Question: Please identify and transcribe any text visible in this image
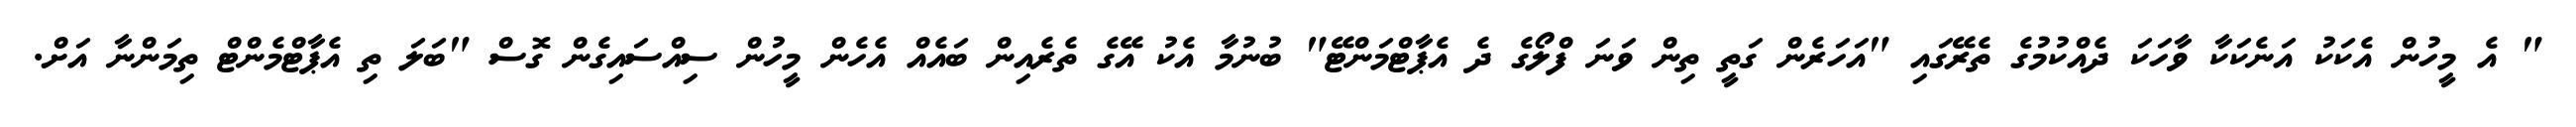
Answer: " އެ މީހުން އެކަކު އަނެކަކާ ވާހަކަ ދެއްކުމުގެ ތެރޭގައި "އަހަރެން ގަތީ ތިން ވަނަ ފްލޯގެ ދެ އެޕާޓްމަންޓޭ" ބުނުމާ އެކު އޭގެ ތެރެއިން ބައެއް އެހެން މީހުން ސިއްސައިގެން ގޮސް "ބަލަ ތި އެޕާޓްމެންޓް ތިމަންނާ އަށް.